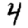
Digit: 4